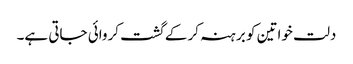
دلت خواتین کو برہنہ کر کے گشت کروائی جاتی ہے۔